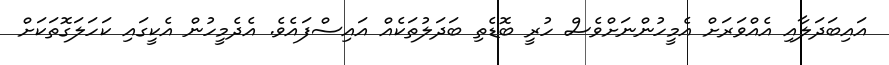
އައިބަދަލާއި އެއްވަރަށް އެމީހުންނަށްވެސް ހުރީ ބޮޑެތި ބަދަލުތަކެއް އައިސްފައެވެ. އެދެމީހުން އެކީގައި ކަހަލަގޮތަކަށް